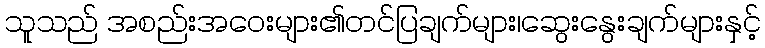
သူသည် အစည်းအဝေးများ၏တင်ပြချက်များ၊ဆွေးနွေးချက်များနှင့်